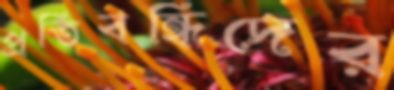
প্রতিবন্ধিদের